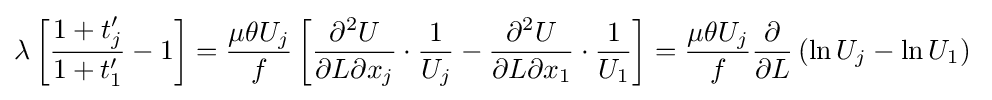
\lambda \left[{\frac {1+t'_{j}}{1+t'_{1}}}-1\right]={\frac {\mu \theta U_{j}}{f}}\left[{\frac {\partial ^{2}U}{\partial L\partial x_{j}}}\cdot {\frac {1}{U_{j}}}-{\frac {\partial ^{2}U}{\partial L\partial x_{1}}}\cdot {\frac {1}{U_{1}}}\right]={\frac {\mu \theta U_{j}}{f}}{\frac {\partial }{\partial L}}\left(\ln {U_{j}}-\ln {U_{1}}\right)\;